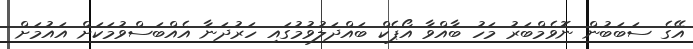
އޭގެ ސަބަބުން ނޮވެމްބަރު މަހު ބާއްވާ އޯޕެކް ބައްދަލުވުމުގައި ހަރުދަނާ އެއްބަސްވުމަކަށް އައުމަށް